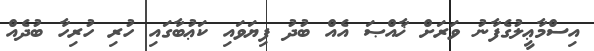
އިސްމާޢީލުގެފާނު ވަރަށް ޚާއްޞަ އެއް ބުދު ފިޔަވައި ކަޢުބާގައި ހުރި ހުރިހާ ބުދެއް